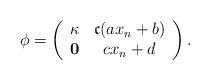
LaTeX: \begin{align*}\phi= \left(\begin{array}{cc}\kappa & \mathfrak{c}(ax_n+b)\\\mathbf{0} & cx_n+d\end{array}\right).\end{align*}